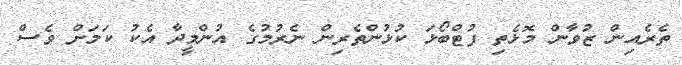
ތެރެއިން ޒުވާން މޮޅެތި ފުޓްބޯޅަ ކުޅުންތެރިން ނެރުމުގެ އުންމީދާ އެކު ކަމަށް ވެސް